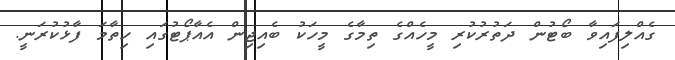
ގެއްލިފައިވާ ބޯޓުން ދަތުރުކުރި މީހެއްގެ ތިމާގެ މީހަކު ބެއިޖިން އެއާޕޯޓުގައި ހިތާމަ ފާޅުކުރަނީ.